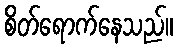
စိတ်ရောက်နေသည်။